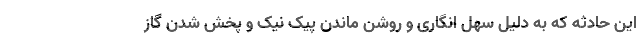
این حادثه که به دلیل سهل انگاری و روشن ماندن پیک نیک و پخش شدن گاز